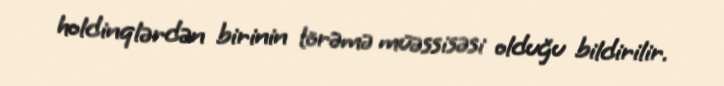
holdinqlərdən birinin törəmə müəssisəsi olduğu bildirilir.